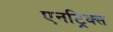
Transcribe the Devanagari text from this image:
एनट्रिक्स